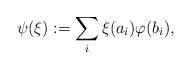
LaTeX: \begin{align*}\psi(\xi):=\sum_i \xi(a_i)\varphi(b_i),\end{align*}